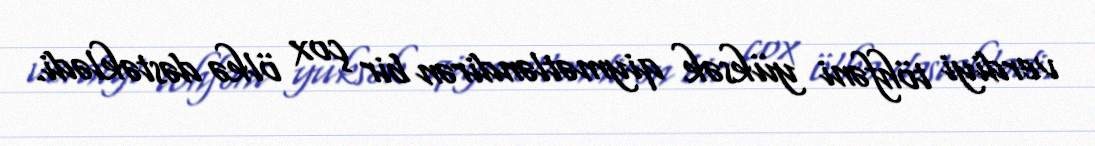
verdiyi töhfəni yüksək qiymətləndirən bir çox ölkə dəstəklədi.